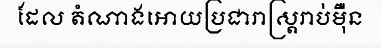
ដែល តំណាងអោយប្រជារាស្ត្ររាប់ម៉ឺន